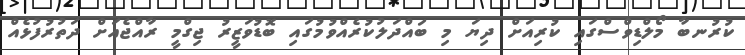
ކުރުނބާ މޯލްޑިވްސްގައި ކުރިއަށް ދިޔަ މި ބައްދަލުކުރެއްވުމުގައި ބޮޑުވަޒީރު ޖިގްމީ ރާއްޖެއަށް ދަތުރުފުޅެއް